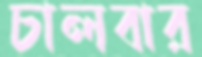
চালবার